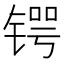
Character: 锷